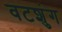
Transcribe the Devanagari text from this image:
वटशुंग